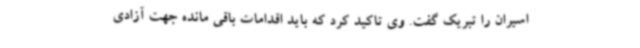
اسیران را تبریک گفت. وی تاکید کرد که باید اقدامات باقی مانده جهت آزادی